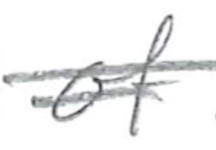
Text: of
Cross-out: double-line
Writing tool: pencil